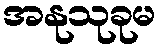
အနုသုခုမ